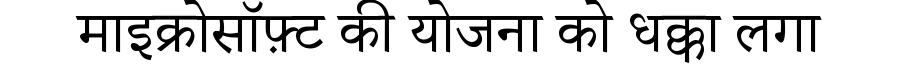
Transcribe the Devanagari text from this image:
माइक्रोसॉफ़्ट की योजना को धक्का लगा